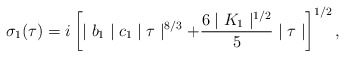
\begin{align*}\sigma_{1}(\tau )=i\left[\mid b_{1}\mid c_{1}\mid\tau\mid^{8/3}+\frac{6\mid K_{1}\mid^{1/2}}{5}\mid\tau\mid\right]^{1/2},\end{align*}